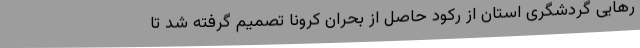
رهایی گردشگری استان از رکود حاصل از بحران کرونا تصمیم گرفته شد تا